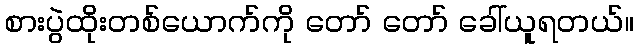
စားပွဲထိုးတစ်ယောက်ကို တော် တော် ခေါ်ယူရတယ်။